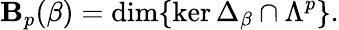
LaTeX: \mathbf{B}_{p}(\beta)=\dim\{ \ker\Delta_{\beta}\cap\Lambda^{p}\} .